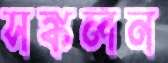
সঙ্কলন